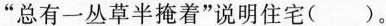
“总有一从草半掩着”说明住宅( )。